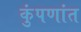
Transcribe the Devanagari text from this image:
कुंपणांत